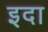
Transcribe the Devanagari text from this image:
इदा